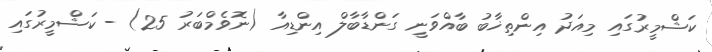
ކަޝްމީރުގައި މިއަދު އިންތިޚާބު ބާއްވަނީ ގަންޑާބާލް އިންޑިއާ (ނޮވެމްބަރު 25) - ކަޝްމީރުގައި